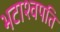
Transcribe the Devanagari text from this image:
भटाश्वपति